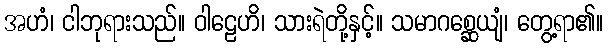
အဟံ၊ ငါဘုရားသည်။ ဝါဠေဟိ၊ သားရဲတို့နှင့်။ သမာဂစ္ဆေယျံ၊ တွေ့ရာ၏။